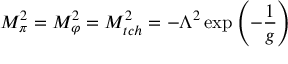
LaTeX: M _ { \pi } ^ { 2 } = M _ { \varphi } ^ { 2 } = M _ { t c h } ^ { 2 } = - \Lambda ^ { 2 } \exp \left( - \frac { 1 } { g } \right)